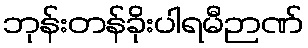
ဘုန်းတန်ခိုးပါရမီဉာဏ်